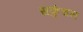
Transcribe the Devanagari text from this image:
सकुंचन